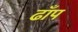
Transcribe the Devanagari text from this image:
ढाँप